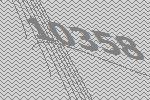
10358